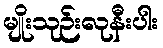
မျိုးသုဉ်းလုနီးပါး